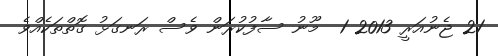
21 ޖެނުއަރީ 2013 1  މޫނު ސާފުކުރަން ވެސް ރަނގަޅު ގޮތްތަކެއްވެ